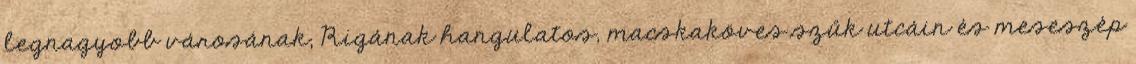
legnagyobb városának, Rigának hangulatos, macskaköves szűk utcáin és meseszép